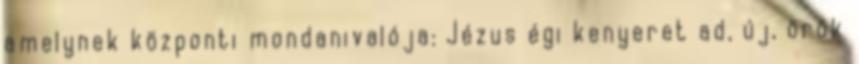
amelynek központi mondanivalója: Jézus égi kenyeret ad, új, örök